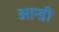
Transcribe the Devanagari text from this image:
आन्डी